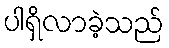
ပါရှိလာခဲ့သည်